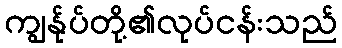
ကျွန်ုပ်တို့၏လုပ်ငန်းသည်